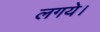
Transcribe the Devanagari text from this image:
लगये।